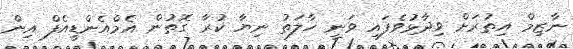
ނާޒިމް އިތުރަށް ވިދާޅުވެފައި ވަނީ ހާލަތު ނިޔާ ކުރާ ގޮތުން އެމްއެންޑީއެފް އިން